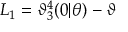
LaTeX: L _ { 1 } = \mathcal { \vartheta } _ { 3 } ^ { 4 } ( 0 | \theta ) - \mathcal { \vartheta }